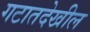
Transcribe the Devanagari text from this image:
गटातदेखील